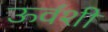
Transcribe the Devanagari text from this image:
ऊव॔शी